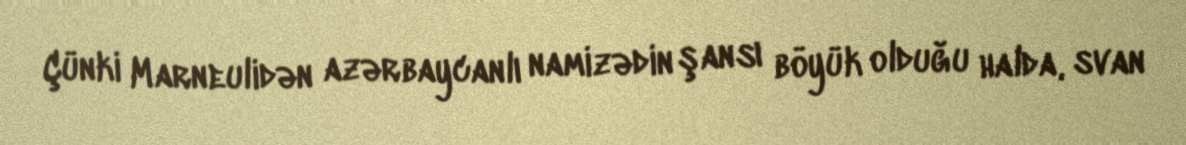
Çünki Marneulidən azərbaycanlı namizədin şansı böyük olduğu halda, svan